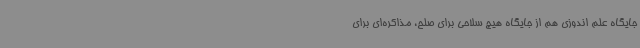
جایگاه علم اندوزی هم از جایگاه هیچ سلاحی برای صلح، مذاکره‌ای برای